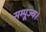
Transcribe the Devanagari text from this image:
सम्पूज्य।